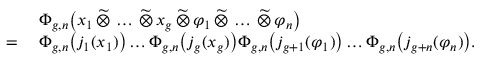
\begin{array} { r l } & { \Phi _ { g , n } \bigl ( x _ { 1 } \, \widetilde { \otimes } \, \ldots \, \widetilde { \otimes } \, x _ { g } \, \widetilde { \otimes } \, \varphi _ { 1 } \, \widetilde { \otimes } \, \ldots \, \widetilde { \otimes } \, \varphi _ { n } \bigr ) } \\ { = \: } & { \Phi _ { g , n } \bigl ( j _ { 1 } ( x _ { 1 } ) \bigr ) \ldots \Phi _ { g , n } \bigl ( j _ { g } ( x _ { g } ) \bigr ) \Phi _ { g , n } \bigl ( j _ { g + 1 } ( \varphi _ { 1 } ) \bigr ) \ldots \Phi _ { g , n } \bigl ( j _ { g + n } ( \varphi _ { n } ) \bigr ) . } \end{array}